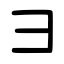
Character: ⺕